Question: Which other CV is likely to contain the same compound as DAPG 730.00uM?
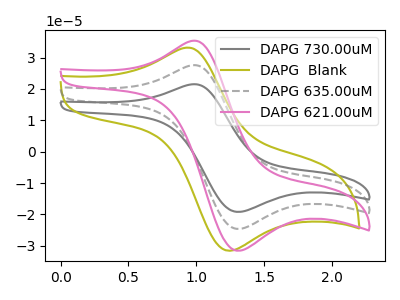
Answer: <think>The gray curve "DAPG 730.00uM" has an anodic peak at (0.95V, 54.95uA) and a cathodic peak at (1.30V, -49.20uA). The olive curve "DAPG  Blank" has an anodic peak at (0.95V, 33.15uA) and a cathodic peak at (1.25V, -31.55uA). The gray dashed curve "DAPG 635.00uM" has an anodic peak at (0.95V, 27.50uA) and a cathodic peak at (1.30V, -24.60uA). The pink curve "DAPG 621.00uM" has an anodic peak at (0.95V, 35.25uA) and a cathodic peak at (1.30V, -31.55uA).
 "DAPG 730.00uM" and "DAPG  Blank" have at least one peak that do not match. All the peaks in "DAPG 730.00uM" have a peak in "DAPG 635.00uM" at the same potential. Every peak in "DAPG 730.00uM" is higher than every peak in "DAPG 635.00uM". All the peaks in "DAPG 730.00uM" have a peak in "DAPG 621.00uM" at the same potential. Every peak in "DAPG 730.00uM" is higher than every peak in "DAPG 621.00uM". "DAPG  Blank" and "DAPG 635.00uM" have at least one peak that do not match. "DAPG  Blank" and "DAPG 621.00uM" have at least one peak that do not match. All the peaks in "DAPG 635.00uM" have a peak in "DAPG 621.00uM" at the same potential. Every peak in "DAPG 635.00uM" is lower than every peak in "DAPG 621.00uM".</think>
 <answer>"DAPG 730.00uM" and "DAPG 635.00uM" have a similar shape to "DAPG 621.00uM".</answer>
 <eval>"DAPG 730.00uM" "DAPG 635.00uM"</eval>